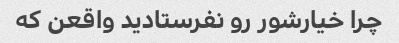
چرا خیارشور رو نفرستادید واقعن که